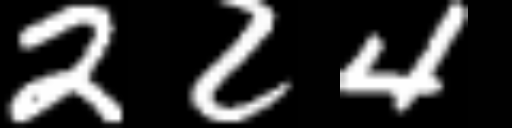
Text: 224